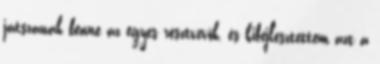
játszanak benne az egyes résztvevők, és kifejlesztettem azt a